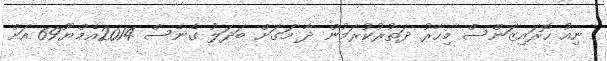
ނިއު ހޮރައިޒަންސް މިހާރު ދަތުރުކުރަމުން ދާ މަގަށް ބަދަލު ގެނެސް 2014އެމްޔޫ69 އަށް